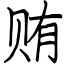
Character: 贿